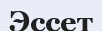
Эссет